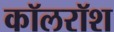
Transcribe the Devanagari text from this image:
कॉलरॉश